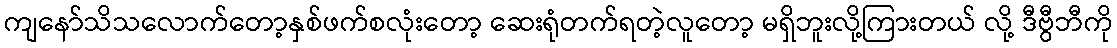
ကျနော်သိသလောက်တော့နှစ်ဖက်စလုံးတော့ ဆေးရုံတက်ရတဲ့လူတော့ မရှိဘူးလို့ကြားတယ် လို့ ဒီဗွီဘီကို